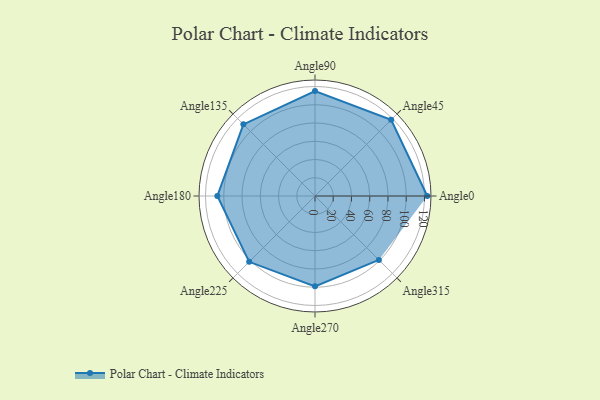
{"axis": {"x": "Angle", "y": "Radius"}, "legend": [""], "data": [{"x": "Angle0", "y": 123.0, "type": ""}, {"x": "Angle45", "y": 118.0, "type": ""}, {"x": "Angle90", "y": 115.0, "type": ""}, {"x": "Angle135", "y": 111.0, "type": ""}, {"x": "Angle180", "y": 107.0, "type": ""}, {"x": "Angle225", "y": 102.0, "type": ""}, {"x": "Angle270", "y": 99.0, "type": ""}, {"x": "Angle315", "y": 99.0, "type": ""}]}